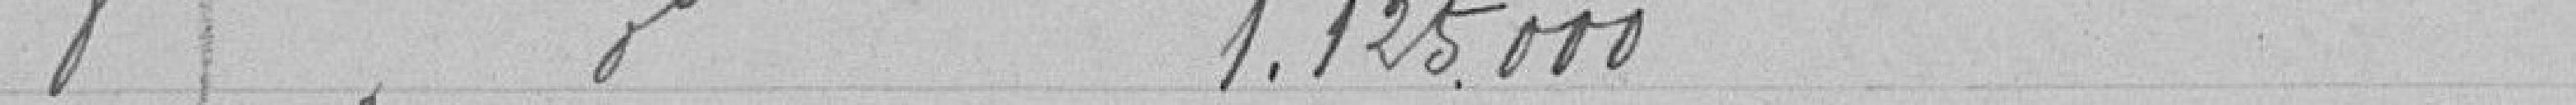
8  1 125 000